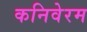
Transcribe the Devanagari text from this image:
कनिवेरम